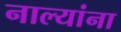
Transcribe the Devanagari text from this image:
नाल्यांना